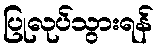
ပြုလုပ်သွားရန်